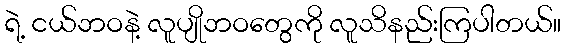
ရဲ့ ငယ်ဘဝနဲ့ လူပျိုဘဝတွေကို လူသိနည်းကြပါတယ်။